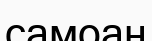
самоан